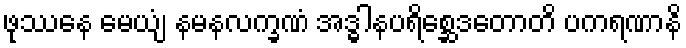
ဖုဿေန မေယျံ နမနလက္ခဏံ အဒ္ဓါနပရိစ္ဆေဒတောတိ ပကရဏာနိ